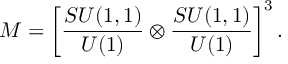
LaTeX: { \cal M } = \left[ { \frac { S U ( 1 , 1 ) } { U ( 1 ) } } \otimes { \frac { S U ( 1 , 1 ) } { U ( 1 ) } } \right] ^ { 3 } .